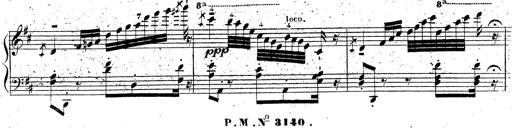
Title: Grande fantaisie sur la tyrolienne de l'opÃ©ra
Composer: Franz Liszt
Key: A major